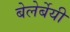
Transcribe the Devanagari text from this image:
बेलेर्बेयी